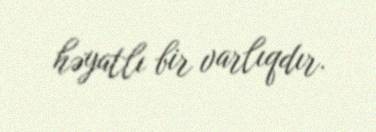
həyatlı bir varlıqdır.